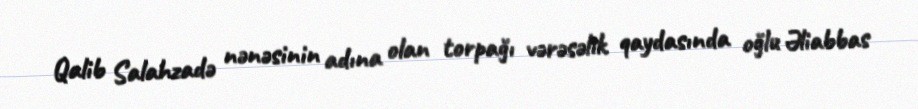
Qalib Salahzadə nənəsinin adına olan torpağı vərəsəlik qaydasında oğlu Əliabbas